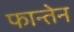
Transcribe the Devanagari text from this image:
फान्तेन